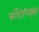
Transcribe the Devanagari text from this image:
काँडोलिझ्झा